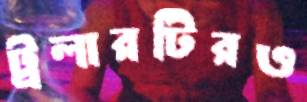
ট্রলারটিরও